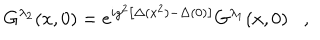
LaTeX: G ^ { \lambda _ { 2 } } ( x , 0 ) = e ^ { i g ^ { 2 } \left[ \Delta ( x ^ { 2 } ) - \Delta ( 0 ) \right] } G ^ { \lambda _ { 1 } } ( x , 0 ) ,